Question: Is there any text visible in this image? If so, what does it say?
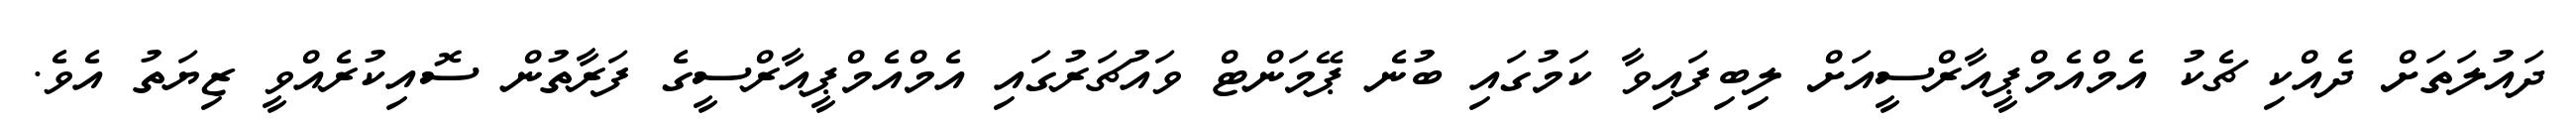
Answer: ދައުލަތަށް ދެއްކި ޗެކު އެމްއެމްޕީއާރްސީއަށް ލިބިފައިވާ ކަމުގައި ބުނެ ޕޭމަންޓް ވައުޗަރުގައި އެމްއެމްޕީއާރްސީގެ ފަރާތުން ސޮއިކުރެއްވީ ޒިޔަތު އެވެ.